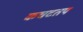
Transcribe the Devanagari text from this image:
कचटतप